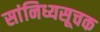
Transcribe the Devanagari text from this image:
सांनिध्यसूचक